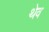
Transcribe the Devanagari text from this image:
थेव